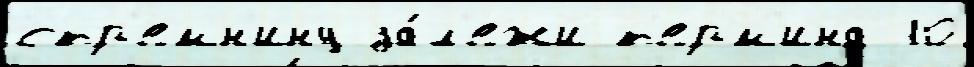
стр'емн'ину за́л'ежи т'ерм'ина 10